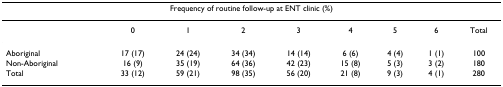
<table><thead><tr><td colspan="9"><b>Frequency of routine follow-up at ENT clinic (%)</b></td></tr></thead><tbody><tr><td></td><td>0</td><td>1</td><td>2</td><td>3</td><td>4</td><td>5</td><td>6</td><td>Total</td></tr><tr><td>Aboriginal</td><td>17 (17)</td><td>24 (24)</td><td>34 (34)</td><td>14 (14)</td><td>6 (6)</td><td>4 (4)</td><td>1 (1)</td><td>100</td></tr><tr><td>Non-Aboriginal</td><td>16 (9)</td><td>35 (19)</td><td>64 (36)</td><td>42 (23)</td><td>15 (8)</td><td>5 (3)</td><td>3 (2)</td><td>180</td></tr><tr><td>Total</td><td>33 (12)</td><td>59 (21)</td><td>98 (35)</td><td>56 (20)</td><td>21 (8)</td><td>9 (3)</td><td>4 (1)</td><td>280</td></tr></tbody></table>